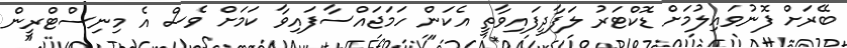
ބޭރަށް ފޮނުވައިލުމަށް ޑޮކްޓަރު ލަފާދީފައިވާތީ އެކަން ހަމަޖައްސާފައިވާ ކަމަށް ވެސް އެ މިނިސްޓްރީން